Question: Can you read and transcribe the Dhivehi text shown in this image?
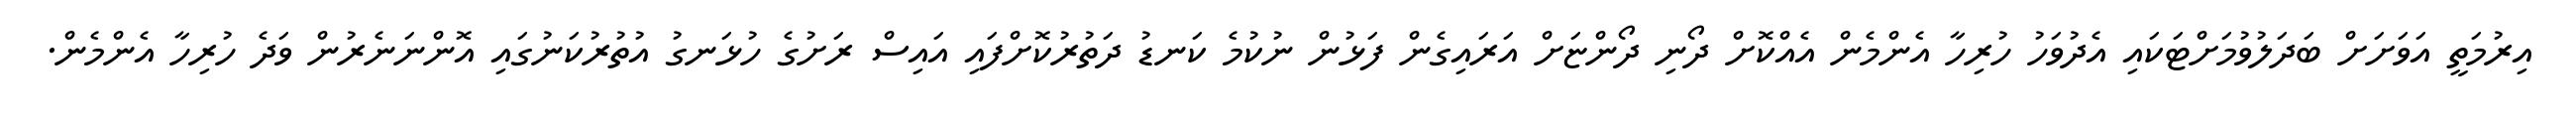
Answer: އިރުމަތީ އަވަށަށް ބަދަލުވުމަށްޓަކައި އެދުވަހު ހުރިހާ އެންމެން އެއްކޮށް ދޯނި ދޯންޏަށް އަރައިގެން ފަޅުން ނުކުމެ ކަނޑު ދަތުރުކޮށްފައި އައިސް ރަށުގެ ހުޅަނގު އުތުރުކަނުގައި އޮންނަނެރުން ވަދެ ހުރިހާ އެންމެން.